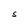
Character: S